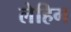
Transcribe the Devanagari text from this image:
लेहिग